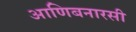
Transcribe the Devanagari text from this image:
आणिबनारसी